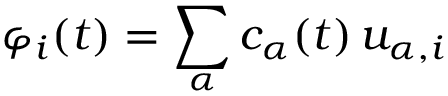
\varphi _ { i } ( t ) = \sum _ { \alpha } c _ { \alpha } ( t ) \, u _ { \alpha , i }